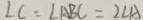
\angle C = \angle A B C = 2 \angle A